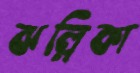
ঝল্লিকা